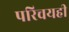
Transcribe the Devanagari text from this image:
परिचयही